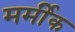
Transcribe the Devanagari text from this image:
मर्मीक